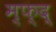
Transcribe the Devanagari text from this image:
म्फ्द्